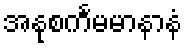
အနုစင်္ကမမာနာနံ